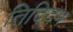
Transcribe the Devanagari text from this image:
तिद्दिम